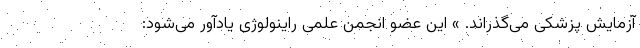
آزمایش پزشکی می‌گذراند. » این عضو انجمن علمی راینولوژی یادآور می‌شود: